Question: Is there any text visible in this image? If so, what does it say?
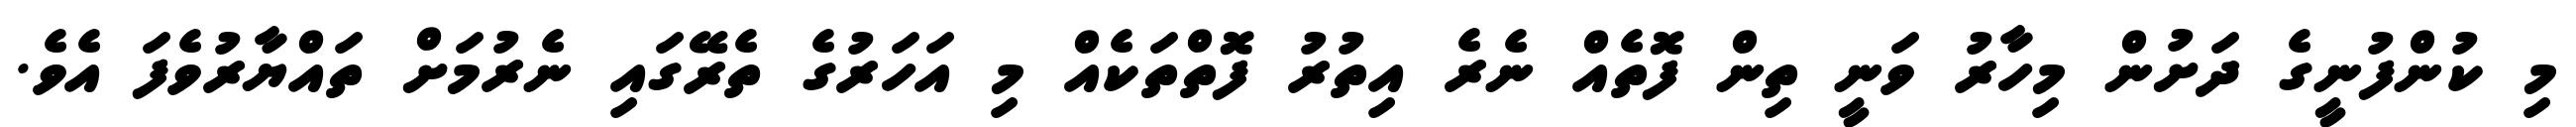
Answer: މި ކުންފުނީގެ ދަށުން މިހާރު ވަނީ ތިން ފޮތެއް ނެރެ އިތުރު ފޮތްތަކެއް މި އަހަރުގެ ތެރޭގައި ނެރުމަށް ތައްޔާރުވެފަ އެވެ.